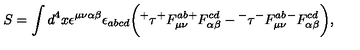
S = \int d ^ { 4 } x \epsilon ^ { \mu \nu \alpha \beta } \epsilon _ { a b c d } \bigg ( { ^ + } \tau { ^ + } F _ { \mu \nu } ^ { a b } { ^ + } F _ { \alpha \beta } ^ { c d } - { ^ - } \tau { ^ - } F _ { \mu \nu } ^ { a b } { ^ - } F _ { \alpha \beta } ^ { c d } \bigg ) ,